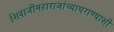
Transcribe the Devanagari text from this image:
शिवाजीमहाराजांच्याघराण्याशी